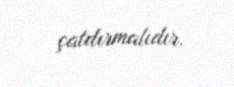
çatdırmalıdır.